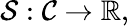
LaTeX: {\mathcal{S}}:{\mathcal{C}}\rightarrow\mathbb{R},